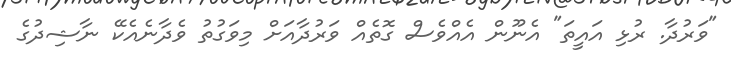
"ވަރުދާ. ރުޅި އައީތަ" އެނޫން އެއްވެސް ގޮތެއް ވަރުދާއަށް މިވަގުތު ވެދާނެއެކޭ ނާޝިދުގެ